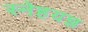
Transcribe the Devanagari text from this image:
स्नेहयज्ञ